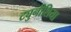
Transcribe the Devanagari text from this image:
ट्युनीशिया